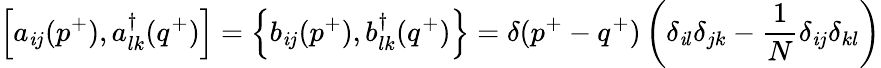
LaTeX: \left[a_{\mathit{i}j}(p^{+}),a_{lk}^{\dagger}(q^{+})\right]=\left\{ b_{\mathit{i}j}(p^{+}),b_{lk}^{\dagger}(q^{+})\right\} =\delta(p^{+}-q^{+})\left(\delta_{\mathit{i}l}\delta_{jk}-\frac{{1}}{{N}}\delta_{\mathit{i}j}\delta_{kl}\right)